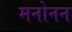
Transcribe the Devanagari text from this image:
मनोनन